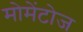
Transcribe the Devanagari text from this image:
मोमेंटोज